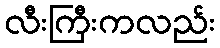
လီးကြီးကလည်း